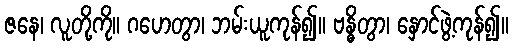
ဇနေ၊ လူတို့ကို။ ဂဟေတွာ၊ ဘမ်းယူကုန်၍။ ဗန္ဓိတွာ၊ နှောင်ဖွဲ့ကုန်၍။